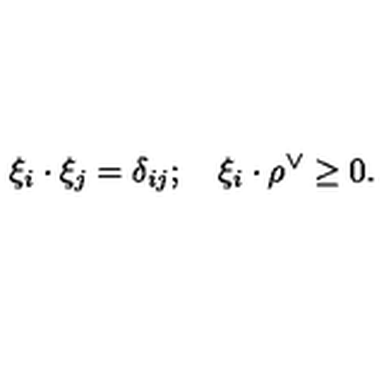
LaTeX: \xi _ { i } \cdot \xi _ { j } = \delta _ { i j } ; \quad \xi _ { i } \cdot \rho ^ { \vee } \geq 0 .